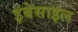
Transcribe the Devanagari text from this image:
इंबेसाइल